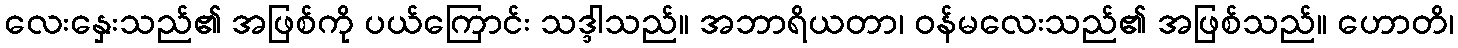
လေးနှေးသည်၏ အဖြစ်ကို ပယ်ကြောင်း သဒ္ဒါသည်။ အဘာရိယတာ၊ ဝန်မလေးသည်၏ အဖြစ်သည်။ ဟောတိ၊